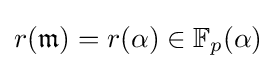
r({\mathfrak {m}})=r(\alpha )\in \mathbb {F} _{p}(\alpha )